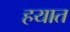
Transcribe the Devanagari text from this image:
हयात